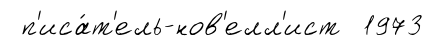
п'иса́т'ель-нов'елл'ист 1973